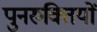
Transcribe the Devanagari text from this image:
पुनरुक्तियों